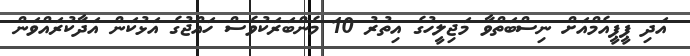
އަދި ޕީޕީއެމްއަށް ނިސްބަތްވާ މަޖިލީހުގެ އިތުރު 10 މެންބަރަކުވެސް ހައްޖުގެ އަޅުކަން އަދާކުރައްވަން